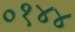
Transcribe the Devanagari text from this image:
०१४४